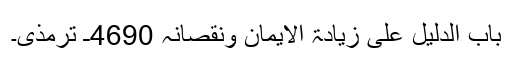
باب الدلیل علی زیادۃ الایمان ونقصانہ 4690ـ ترمذی۔